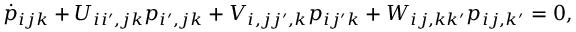
\dot { p } _ { i j k } + U _ { i i ^ { \prime } , j k } p _ { i ^ { \prime } , j k } + V _ { i , j j ^ { \prime } , k } p _ { i j ^ { \prime } k } + W _ { i j , k k ^ { \prime } } p _ { i j , k ^ { \prime } } = 0 ,